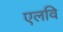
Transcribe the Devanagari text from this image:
एलवि